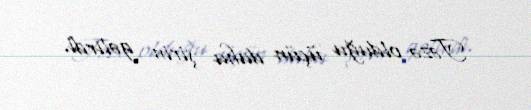
Təzə olduğu üçün daha şirin gəlirdi.